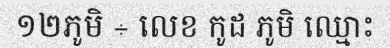
១២ភូមិ ÷ លេខ កូដ ភូមិ ឈ្មោះ